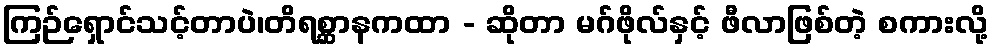
ကြဉ်ရှောင်သင့်တာပဲ၊တိရစ္ဆာနကထာ - ဆိုတာ မဂ်ဖိုလ်နှင့် ဖီလာဖြစ်တဲ့ စကားလို့